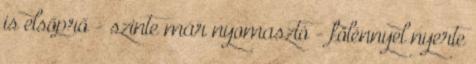
is elsőprő - szinte már nyomasztó - fölénnyel nyerte